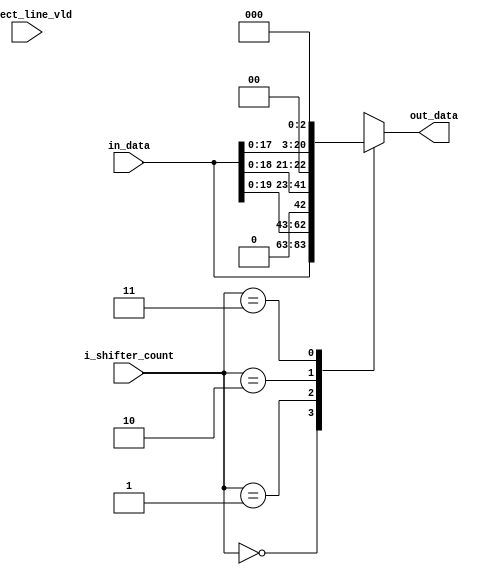
module i_shifter 
#(parameter OUT_DATA_WIDTH = 21
	
)
(
input select_line_vld ,
input [1:0] i_shifter_count ,
input [OUT_DATA_WIDTH-1:0] in_data ,
output reg [OUT_DATA_WIDTH-1:0] out_data
);

always @ (*) begin 
	case(i_shifter_count) 
	 2'b00 : begin
	 	out_data = in_data  ;
	 end
	 2'b01 : begin
	 	out_data = {in_data[OUT_DATA_WIDTH-2:0],1'b0}  ;
	 end
	 2'b10 : begin
	 	out_data = {in_data[OUT_DATA_WIDTH-3:0],2'b00}  ;
	 end
	 2'b11 : begin
	 	out_data = {in_data[OUT_DATA_WIDTH-4:0],3'b000}  ;
	 end

	endcase
end

always @ (select_line_vld) begin
	if(select_line_vld) begin	
		//$display("in_data %d \ni_shifter_count %d",in_data,i_shifter_count) ;
	end
end

endmodule